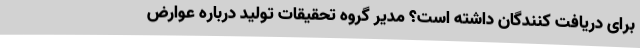
برای دریافت کنندگان داشته است؟ مدیر گروه تحقیقات تولید درباره عوارض‌